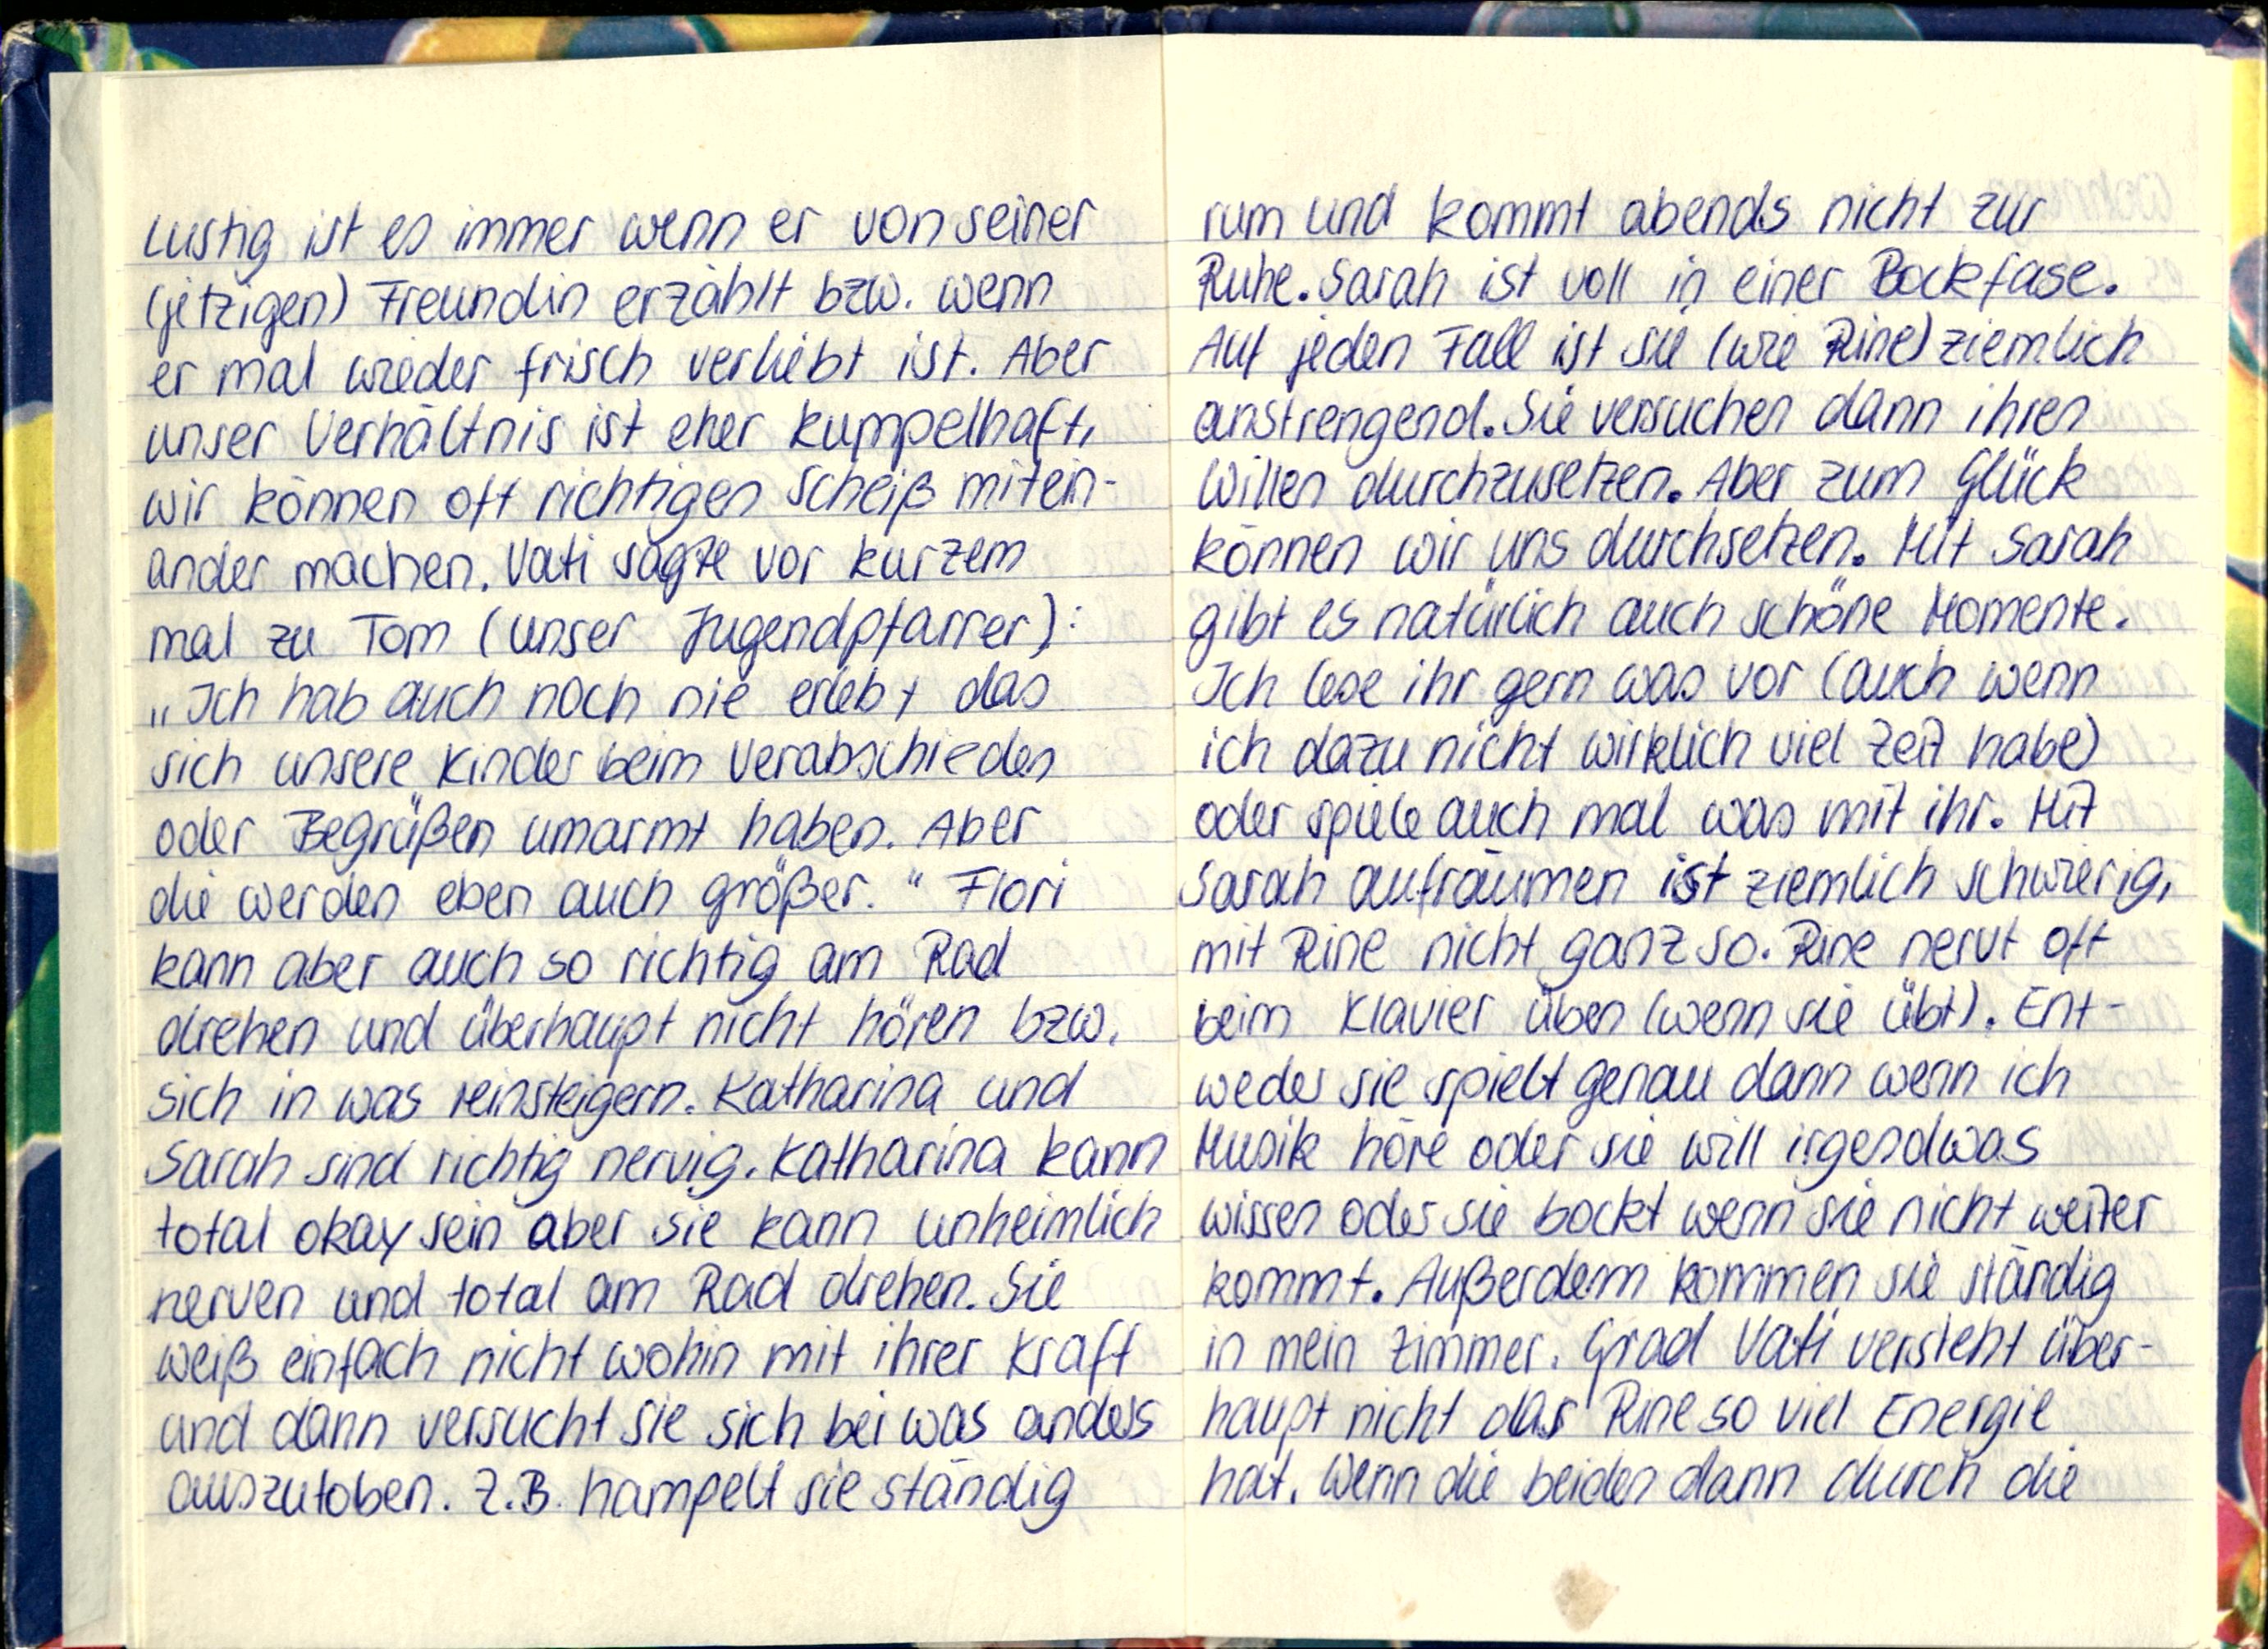
Lustig ist es immer wenn er von seiner
(jetzigen) Freundin erzählt bzw. wenn
er mal wieder frisch verliebt ist. Aber
unser Verhältnis ist eher kumpelhaft,
wir können oft richtigen Scheiß mitein-
ander machen. Vati sagte vor kurzem
mal zu Tom (unser Jugendpfarrer):
„Ich hab auch noch nie erlebt das
sich unsere Kinder beim Verabschieden
oder Begrüßen umarmt haben. Aber
die werden eben auch größer." Flori
kann aber auch so richtig am Rad
drehen und überhaupt nicht hören bzw.
sich in was reinsteigern. Katharina und
Sarah sind richtig nervig. Katharina kann
total okay sein aber sie kann unheimlich
nerven und total am Rad drehen. Sie
weiß einfach nicht wohin mit ihrer Kraft
und dann versucht sie sich bei was anders
auszutoben. Z.B. hampelt sie ständig

rum und kommt abends nicht zur
Ruhe. Sarah ist voll in einer bockfase.
Auf jeden Fall ist sie (wie Rine) ziemlich
anstrengend. Sie versuchen dann ihren
Willen durchzusetzen. Aber zum Glück
können wir uns durchsetzen. Mit Sarah
gibt es natürlich auch schöne Momente.
Ich lese ihr gern was vor (auch wenn
ich dazu nicht wirklich viel Zeit habe)
oder spiele auch mal was mit ihr. Mit
Sarah aufräumen ist ziemlich schwierig,
mit Rine nicht ganz so. Rine nervt oft
beim Klavier üben (wenn sie übt). Ent-
weder sie spielt genau dann wenn ich
Musik höre oder sie will irgendwas
wissen oder sie bockt wenn sie nicht weiter
kommt. Außerdem kommen sie ständig
in mein Zimmer. Grad Vati versteht über-
haupt nicht das Rine so viel Energie
hat. Wenn die beiden dann durch die